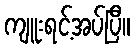
ကျူးရင့်အပ်ပြီ။